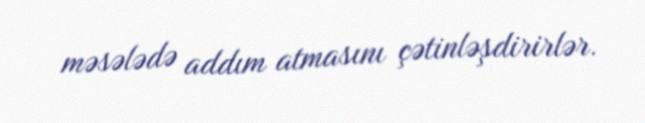
məsələdə addım atmasını çətinləşdirirlər.